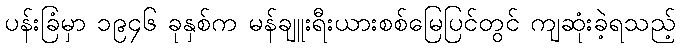
ပန်းခြံမှာ ၁၉၄၆ ခုနှစ်က မန်ချူးရီးယားစစ်မြေပြင်တွင် ကျဆုံးခဲ့ရသည့်